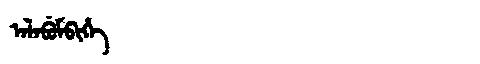
Manchu: ᠠᠯᠠᠪᡠᠮᠪᡳᡥᡝ
Romanization: ALABUMBIHE